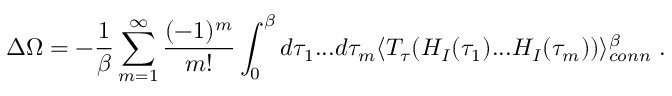
\Delta \Omega = - { \frac { 1 } { \beta } } \sum _ { m = 1 } ^ { \infty } \frac { ( - 1 ) ^ { m } } { m ! } \int _ { 0 } ^ { \beta } d \tau _ { 1 } . . . d \tau _ { m } \langle T _ { \tau } ( H _ { I } ( \tau _ { 1 } ) . . . H _ { I } ( \tau _ { m } ) ) \rangle _ { c o n n } ^ { \beta } \; .